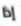
إذا